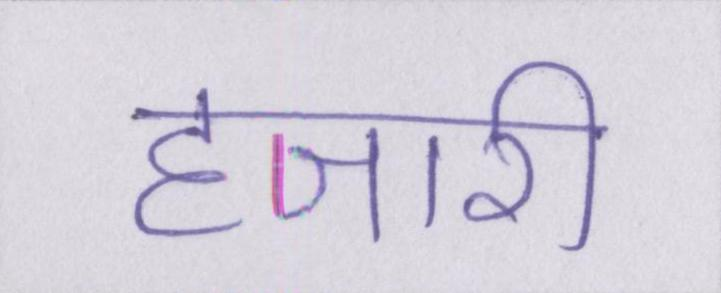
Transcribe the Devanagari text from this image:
हजारी